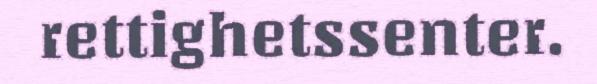
rettighetssenter.